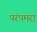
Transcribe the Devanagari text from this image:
परंपमरा